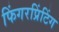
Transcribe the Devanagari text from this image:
फिंगरप्रिंटिंग